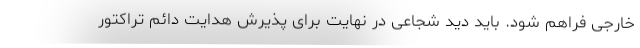
خارجی فراهم شود. باید دید شجاعی در نهایت برای پذیرش هدایت دائم تراکتور